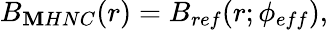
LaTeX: B_{\mathbf{M}HNC}(r)=B_{ref}(r;\phi_{eff}),